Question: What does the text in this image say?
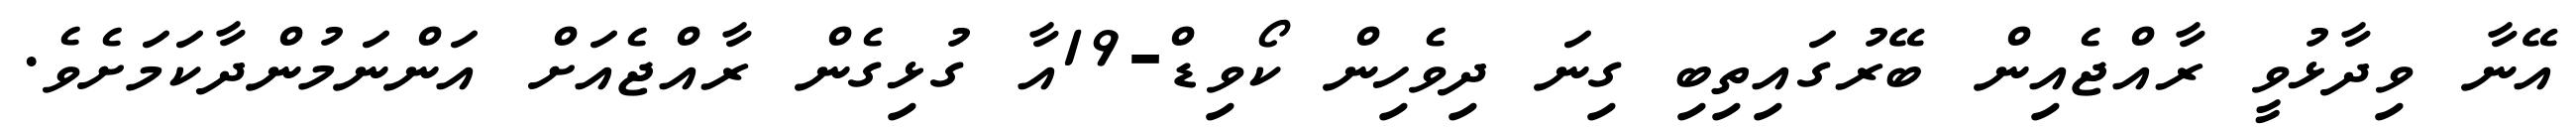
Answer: އޭނާ ވިދާޅުވީ ރާއްޖެއިން ބޭރުގައިތިބި ގިނަ ދިވެހިން ކޯވިޑް-19އާ ގުޅިގެން ރާއްޖެއަށް އަންނަމުންދާކަމަށެވެ.